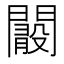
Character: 𨶞